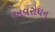
અવરોધન